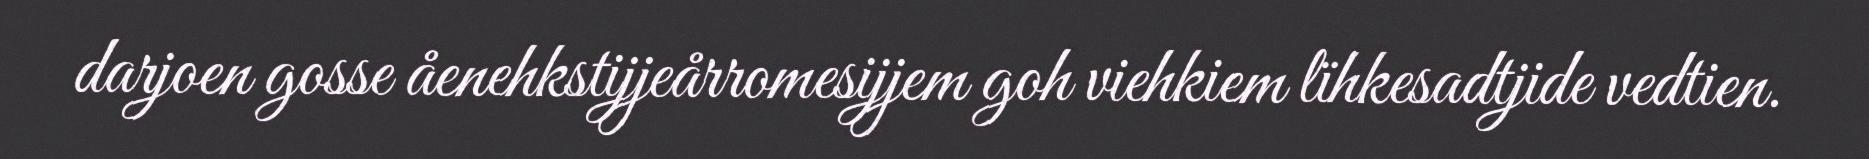
darjoen gosse åenehkstijjeårromesijjem goh viehkiem lïhkesadtjide vedtien.